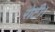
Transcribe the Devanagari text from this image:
रोटी।